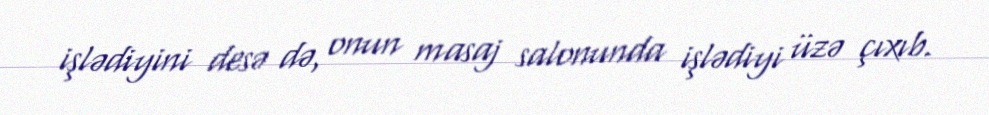
işlədiyini desə də, onun masaj salonunda işlədiyi üzə çıxıb.